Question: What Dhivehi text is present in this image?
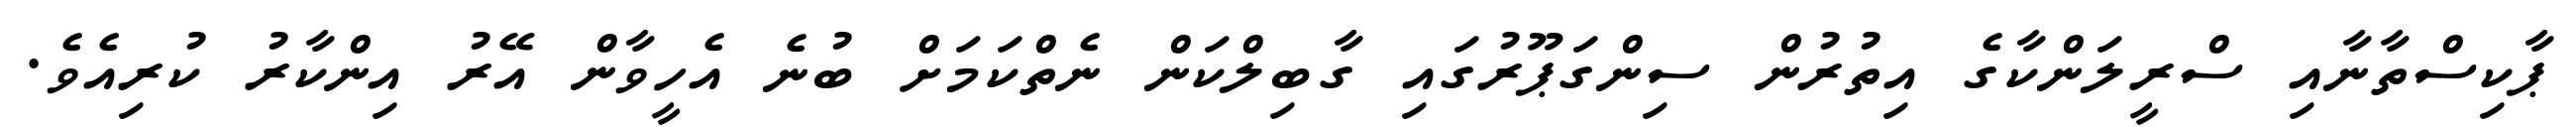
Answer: ޕާކިސްތާނާއި ސްރީލަންކާގެ އިތުރުން ސިންގަޕޫރުގައި ގާބިލްކަން ނެތްކަމަށް ބުނެ އެހީވާން އޭރު އިންކާރު ކުރިއެވެ.